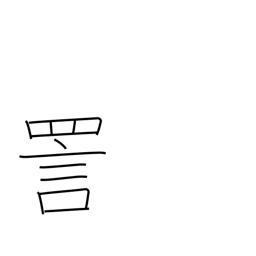
Meaning: ridicule